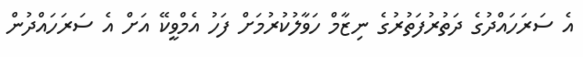
އެ ސަރަހައްދުގެ ދަތުރުފަތުރުގެ ނިޒާމް ހަވާލުކުރުމަށް ފަހު އެމްވީކޭ އަށް އެ ސަރަހައްދުން